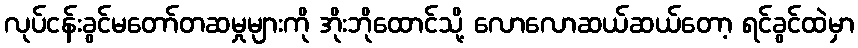
လုပ်ငန်းခွင်မတော်တဆမှုများကို အိုးဘိုထောင်သို့ လောလောဆယ်ဆယ်တော့ ရင်ခွင်ထဲမှာ